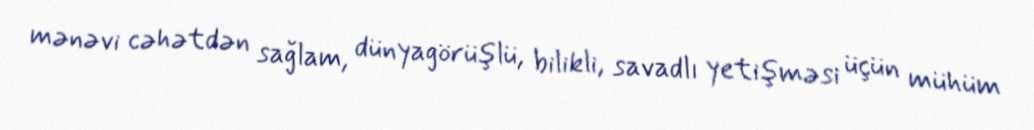
mənəvi cəhətdən sağlam, dünyagörüşlü, bilikli, savadlı yetişməsi üçün mühüm